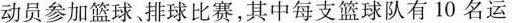
动员参加篮球，排球比赛，其中每支篮球队有10名运